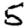
Digit: 5